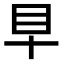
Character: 𥃪